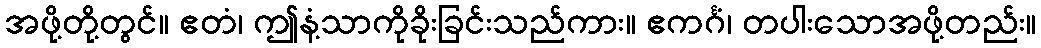
အဖို့တို့တွင်။ ဧတံ၊ ဤနံ့သာကိုခိုးခြင်းသည်ကား။ ဧကင်္ဂံ၊ တပါးသောအဖို့တည်း။